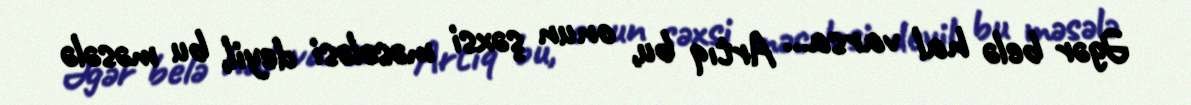
Əgər belə hal varsa... Artıq bu, onun şəxsi məsələsi deyil, bu məsələ